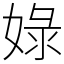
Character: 娽